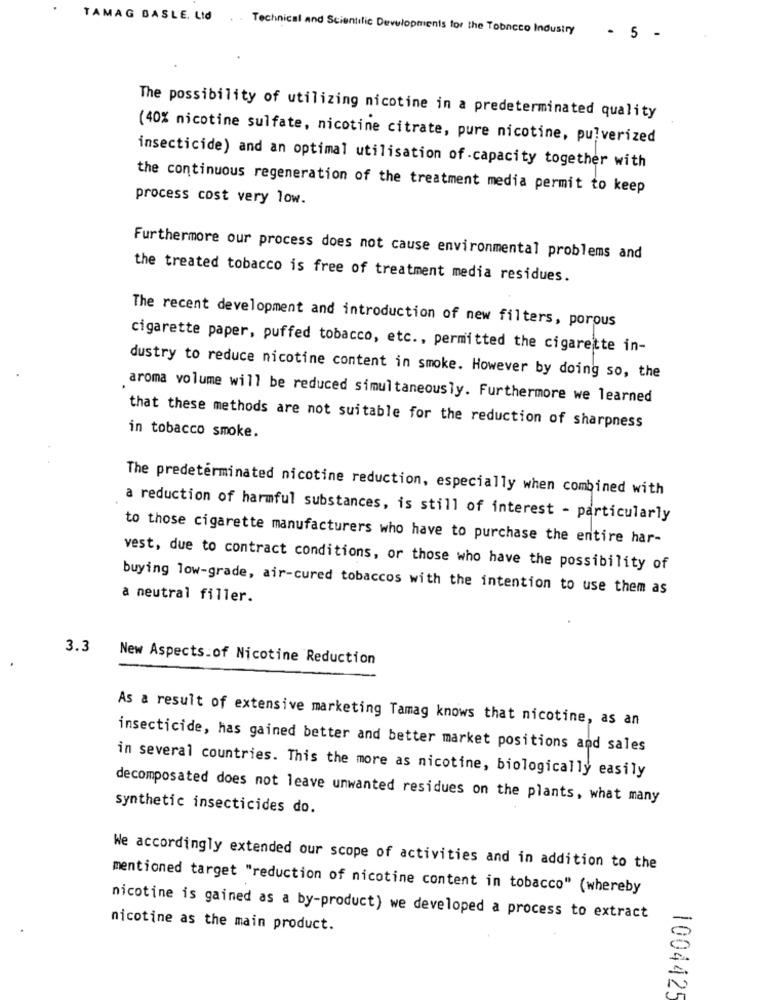
TAMAG BASLE. Ltd
.. Technical and Scientific Developments for the Tobacco Industry
- 5 -
The possibility of utilizing nicotine in a predeterminated quality
(40% nicotine sulfate, nicotine citrate, pure nicotine, pulverized
insecticide) and an optimal utilisation of -capacity together with
the continuous regeneration of the treatment media permit to keep
process cost very low.
Furthermore our process does not cause environmental problems and
the treated tobacco is free of treatment media residues.
The recent development and introduction of new filters, porous
cigarette paper, puffed tobacco, etc ., permitted the cigarette in-
dustry to reduce nicotine content in smoke. However by doing so, the
aroma volume will be reduced simultaneously. Furthermore we learned
that these methods are not suitable for the reduction of sharpness
in tobacco smoke.
The predeterminated nicotine reduction, especially when combined with
a reduction of harmful substances, is still of interest - particularly
to those cigarette manufacturers who have to purchase the entire har-
vest, due to contract conditions, or those who have the possibility of
buying low-grade, air-cured tobaccos with the intention to use them as
a neutral filler.
3.3
New Aspects of Nicotine Reduction
As a result of extensive marketing Tamag knows that nicotine, as an
insecticide, has gained better and better market positions and sales
in several countries. This the more as nicotine, biologically easily
decomposated does not leave unwanted residues on the plants, what many
synthetic insecticides do.
We accordingly extended our scope of activities and in addition to the
mentioned target "reduction of nicotine content in tobacco" (whereby
nicotine is gained as a by-product) we developed a process to extract
nicotine as the main product.
1004425